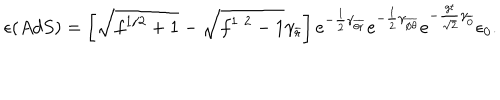
LaTeX: \epsilon ( { A d S } ) = \left[ \sqrt { f ^ { 1 / 2 } + 1 } - \sqrt { f ^ { 1 / 2 } - 1 } \gamma _ { \overline { { { r } } } } \right] e ^ { - { \frac { 1 } { 2 } } \gamma _ { \overline { { { \theta r } } } } } e ^ { - { \frac { 1 } { 2 } } \gamma _ { \overline { { { \phi \theta } } } } } e ^ { - { \frac { g t } { \sqrt { 2 } } } \gamma _ { \overline { { { 0 } } } } } \epsilon _ { 0 } .